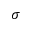
\sigma